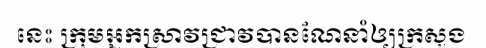
នេះ ក្រុមអ្នកស្រាវជ្រាវបានណែនាំឲ្យក្រសួង